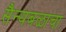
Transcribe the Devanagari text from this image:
सैन्यबळाचा